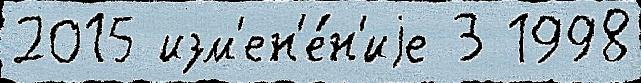
2015 изм'ен'е́н'иjе 3 1998